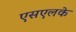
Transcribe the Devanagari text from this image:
एसएलके